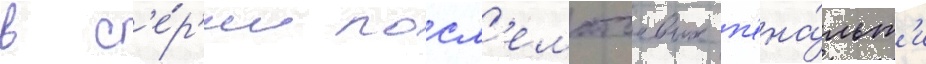
в с'е́р'ии посл'ематчевых п'ена́льт'и